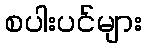
စပါးပင်များ